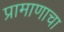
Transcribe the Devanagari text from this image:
प्रामाणाचा